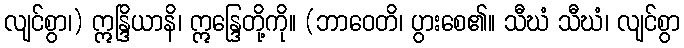
လျင်စွာ၊) ဣန္ဒြိယာနိ၊ ဣန္ဒြေတို့ကို။ (ဘာဝေတိ၊ ပွားစေ၏။ သီဃံ သီဃံ၊ လျင်စွာ